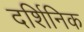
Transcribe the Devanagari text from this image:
दर्शिनिक